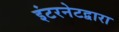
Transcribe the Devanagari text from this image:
इंटरनेटद्वारा